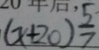
( x + 2 0 ) \frac { 5 } { 7 }